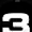
Digit: 3